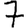
Digit: 7